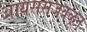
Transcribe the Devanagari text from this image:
आयससजवळून